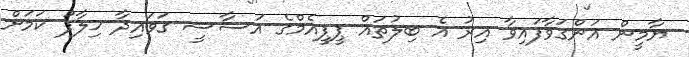
ޔާމީން އަންގަވާފައިވާ އިރު އެ ބިލުތައް ޕީޕީއެމްގެ އަސާސީ ގަވައިދާ ޚިލާފު ކަމަށް